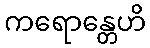
ကရောန္တေဟိ